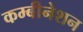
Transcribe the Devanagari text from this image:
कम्बीनेशन